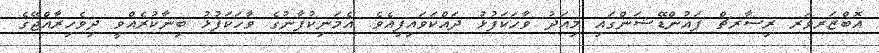
އޮބްޒަރވަރ ރިސާރޗް ފައުންޑޭޝަންގައި މިއަދު ވާހަކަފުޅު ދައްކަވައިފިއެވެ. އެމަނިކުފާނުގެ ވާހަކަފުޅު ބިނާކުރެއްވީ ދިވެހިރާއްޖޭގެ